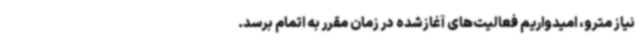
نیاز مترو، امیدواریم فعالیت‌های آغازشده در زمان مقرر به اتمام برسد.